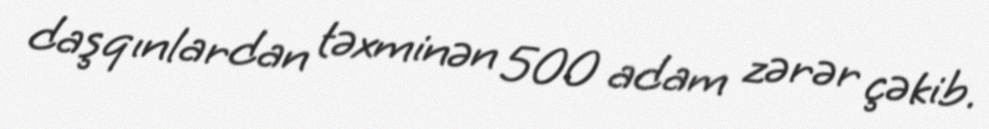
daşqınlardan təxminən 500 adam zərər çəkib.